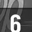
Digit: 6